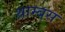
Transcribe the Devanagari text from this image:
थ्राम्बस